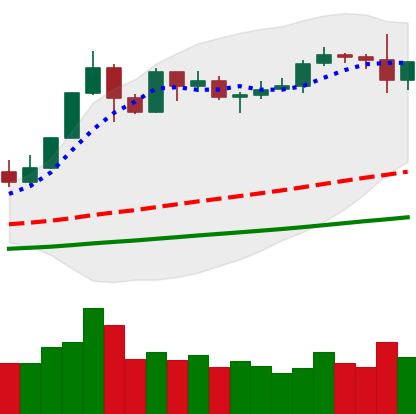
Ticker: ETH-USD
Chart end date: 2019-05-31
Forward return: -7.856%
Label: down_7plus